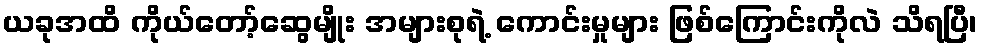
ယခုအထိ ကိုယ်တော့်ဆွေမျိုး အများစုရဲ့ ကောင်းမှုများ ဖြစ်ကြောင်းကိုလဲ သိရပြီ၊